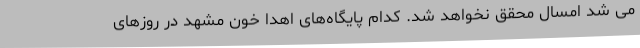
می شد امسال محقق نخواهد شد. کدام پایگاه‌های اهدا خون مشهد در روزهای